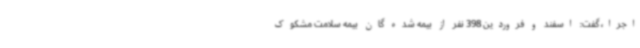
اجرا، گفت: اسفند و فروردین 398 نفر از بیمه شده گان بیمه سلامت مشکوک